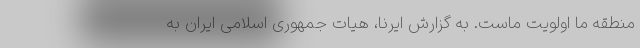
منطقه ما اولویت ماست. به گزارش ایرنا، هیات جمهوری اسلامی ایران به